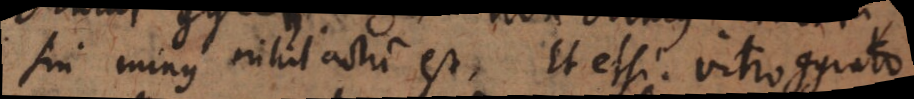
sin minus nihil actum est. Et etsi vitro gyrato